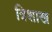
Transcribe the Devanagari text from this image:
त्रिशाख